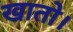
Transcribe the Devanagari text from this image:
खातो।